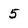
Character: 5